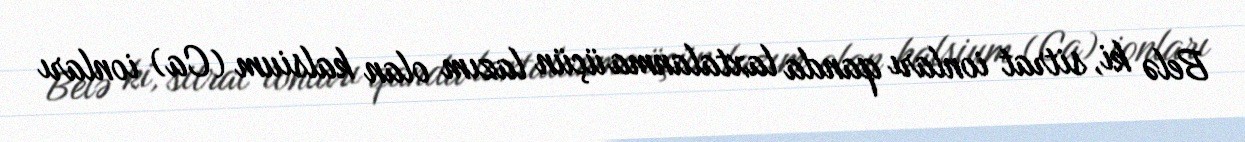
Belə ki, sitrat ionları qanda laxtalanma üçün lazım olan kalsium (Ca) ionları